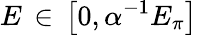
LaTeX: E\, \in\, \bigl[0,\alpha^{-1}E_{\pi}\bigr]